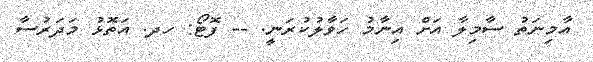
އާމިނަތު ސާމިލާ އަށް އިނާމު ހަވާލުކުރަނީ. -- ފޮޓޯ: ހދ. އަތޮޅު މަދަރުސާ